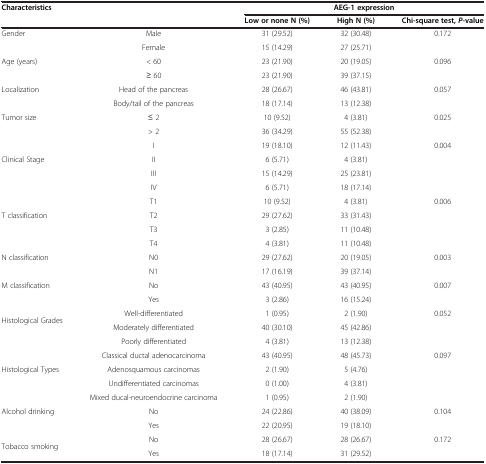
<table><thead><tr><td colspan="2"><b>Characteristics</b></td><td colspan="3"><b>AEG-1 expression</b></td></tr><tr><td colspan="2"><b> </b></td><td><b>Low or none N (%)</b></td><td><b>High N (%)</b></td><td><b>Chi-square test, <i>P</i>-value</b></td></tr></thead><tbody><tr><td>Gender</td><td>Male</td><td>31 (29.52)</td><td>32 (30.48)</td><td>0.172</td></tr><tr><td> </td><td>Female</td><td>15 (14.29)</td><td>27 (25.71)</td><td> </td></tr><tr><td>Age (years)</td><td>&lt; 60</td><td>23 (21.90)</td><td>20 (19.05)</td><td>0.096</td></tr><tr><td> </td><td>≥ 60</td><td>23 (21.90)</td><td>39 (37.15)</td><td> </td></tr><tr><td>Localization</td><td>Head of the pancreas</td><td>28 (26.67)</td><td>46 (43.81)</td><td>0.057</td></tr><tr><td> </td><td>Body/tail of the pancreas</td><td>18 (17.14)</td><td>13 (12.38)</td><td> </td></tr><tr><td>Tumor size</td><td>≤ 2</td><td>10 (9.52)</td><td>4 (3.81)</td><td>0.025</td></tr><tr><td> </td><td>&gt; 2</td><td>36 (34.29)</td><td>55 (52.38)</td><td> </td></tr><tr><td rowspan="3">Clinical Stage</td><td>I</td><td>19 (18.10)</td><td>12 (11.43)</td><td rowspan="3">0.004</td></tr><tr><td>II</td><td>6 (5.71)</td><td>4 (3.81)</td></tr><tr><td>III</td><td>15 (14.29)</td><td>25 (23.81)</td></tr><tr><td> </td><td>IV</td><td>6 (5.71)</td><td>18 (17.14)</td><td> </td></tr><tr><td rowspan="3">T classification</td><td>T1</td><td>10 (9.52)</td><td>4 (3.81)</td><td rowspan="3">0.006</td></tr><tr><td>T2</td><td>29 (27.62)</td><td>33 (31.43)</td></tr><tr><td>T3</td><td>3 (2.85)</td><td>11 (10.48)</td></tr><tr><td> </td><td>T4</td><td>4 (3.81)</td><td>11 (10.48)</td><td> </td></tr><tr><td>N classification</td><td>N0</td><td>29 (27.62)</td><td>20 (19.05)</td><td>0.003</td></tr><tr><td> </td><td>N1</td><td>17 (16.19)</td><td>39 (37.14)</td><td> </td></tr><tr><td>M classification</td><td>No</td><td>43 (40.95)</td><td>43 (40.95)</td><td>0.007</td></tr><tr><td> </td><td>Yes</td><td>3 (2.86)</td><td>16 (15.24)</td><td> </td></tr><tr><td rowspan="2">Histological Grades</td><td>Well-differentiated</td><td>1 (0.95)</td><td>2 (1.90)</td><td rowspan="2">0.052</td></tr><tr><td>Moderately differentiated</td><td>40 (30.10)</td><td>45 (42.86)</td></tr><tr><td> </td><td>Poorly differentiated</td><td>4 (3.81)</td><td>13 (12.38)</td><td> </td></tr><tr><td rowspan="3">Histological Types</td><td>Classical ductal adenocarcinoma</td><td>43 (40.95)</td><td>48 (45.73)</td><td rowspan="3">0.097</td></tr><tr><td>Adenosquamous carcinomas</td><td>2 (1.90)</td><td>5 (4.76)</td></tr><tr><td>Undifferentiated carcinomas</td><td>0 (1.00)</td><td>4 (3.81)</td></tr><tr><td> </td><td>Mixed ducal-neuroendocrine carcinoma</td><td>1 (0.95)</td><td>2 (1.90)</td><td> </td></tr><tr><td>Alcohol drinking</td><td>No</td><td>24 (22.86)</td><td>40 (38.09)</td><td>0.104</td></tr><tr><td> </td><td>Yes</td><td>22 (20.95)</td><td>19 (18.10)</td><td> </td></tr><tr><td rowspan="2">Tobacco smoking</td><td>No</td><td>28 (26.67)</td><td>28 (26.67)</td><td rowspan="2">0.172</td></tr><tr><td>Yes</td><td>18 (17.14)</td><td>31 (29.52)</td></tr></tbody></table>